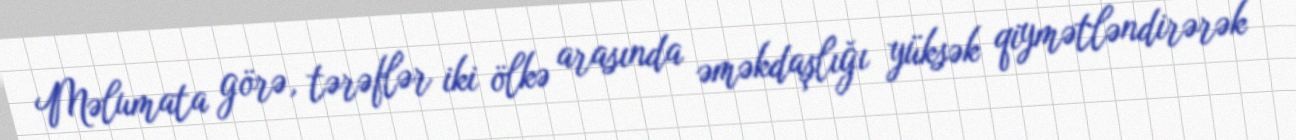
Məlumata görə, tərəflər iki ölkə arasında əməkdaşlığı yüksək qiymətləndirərək